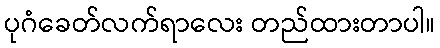
ပုဂံခေတ်လက်ရာလေး တည်ထားတာပါ။